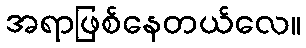
အရာဖြစ်နေတယ်လေ။